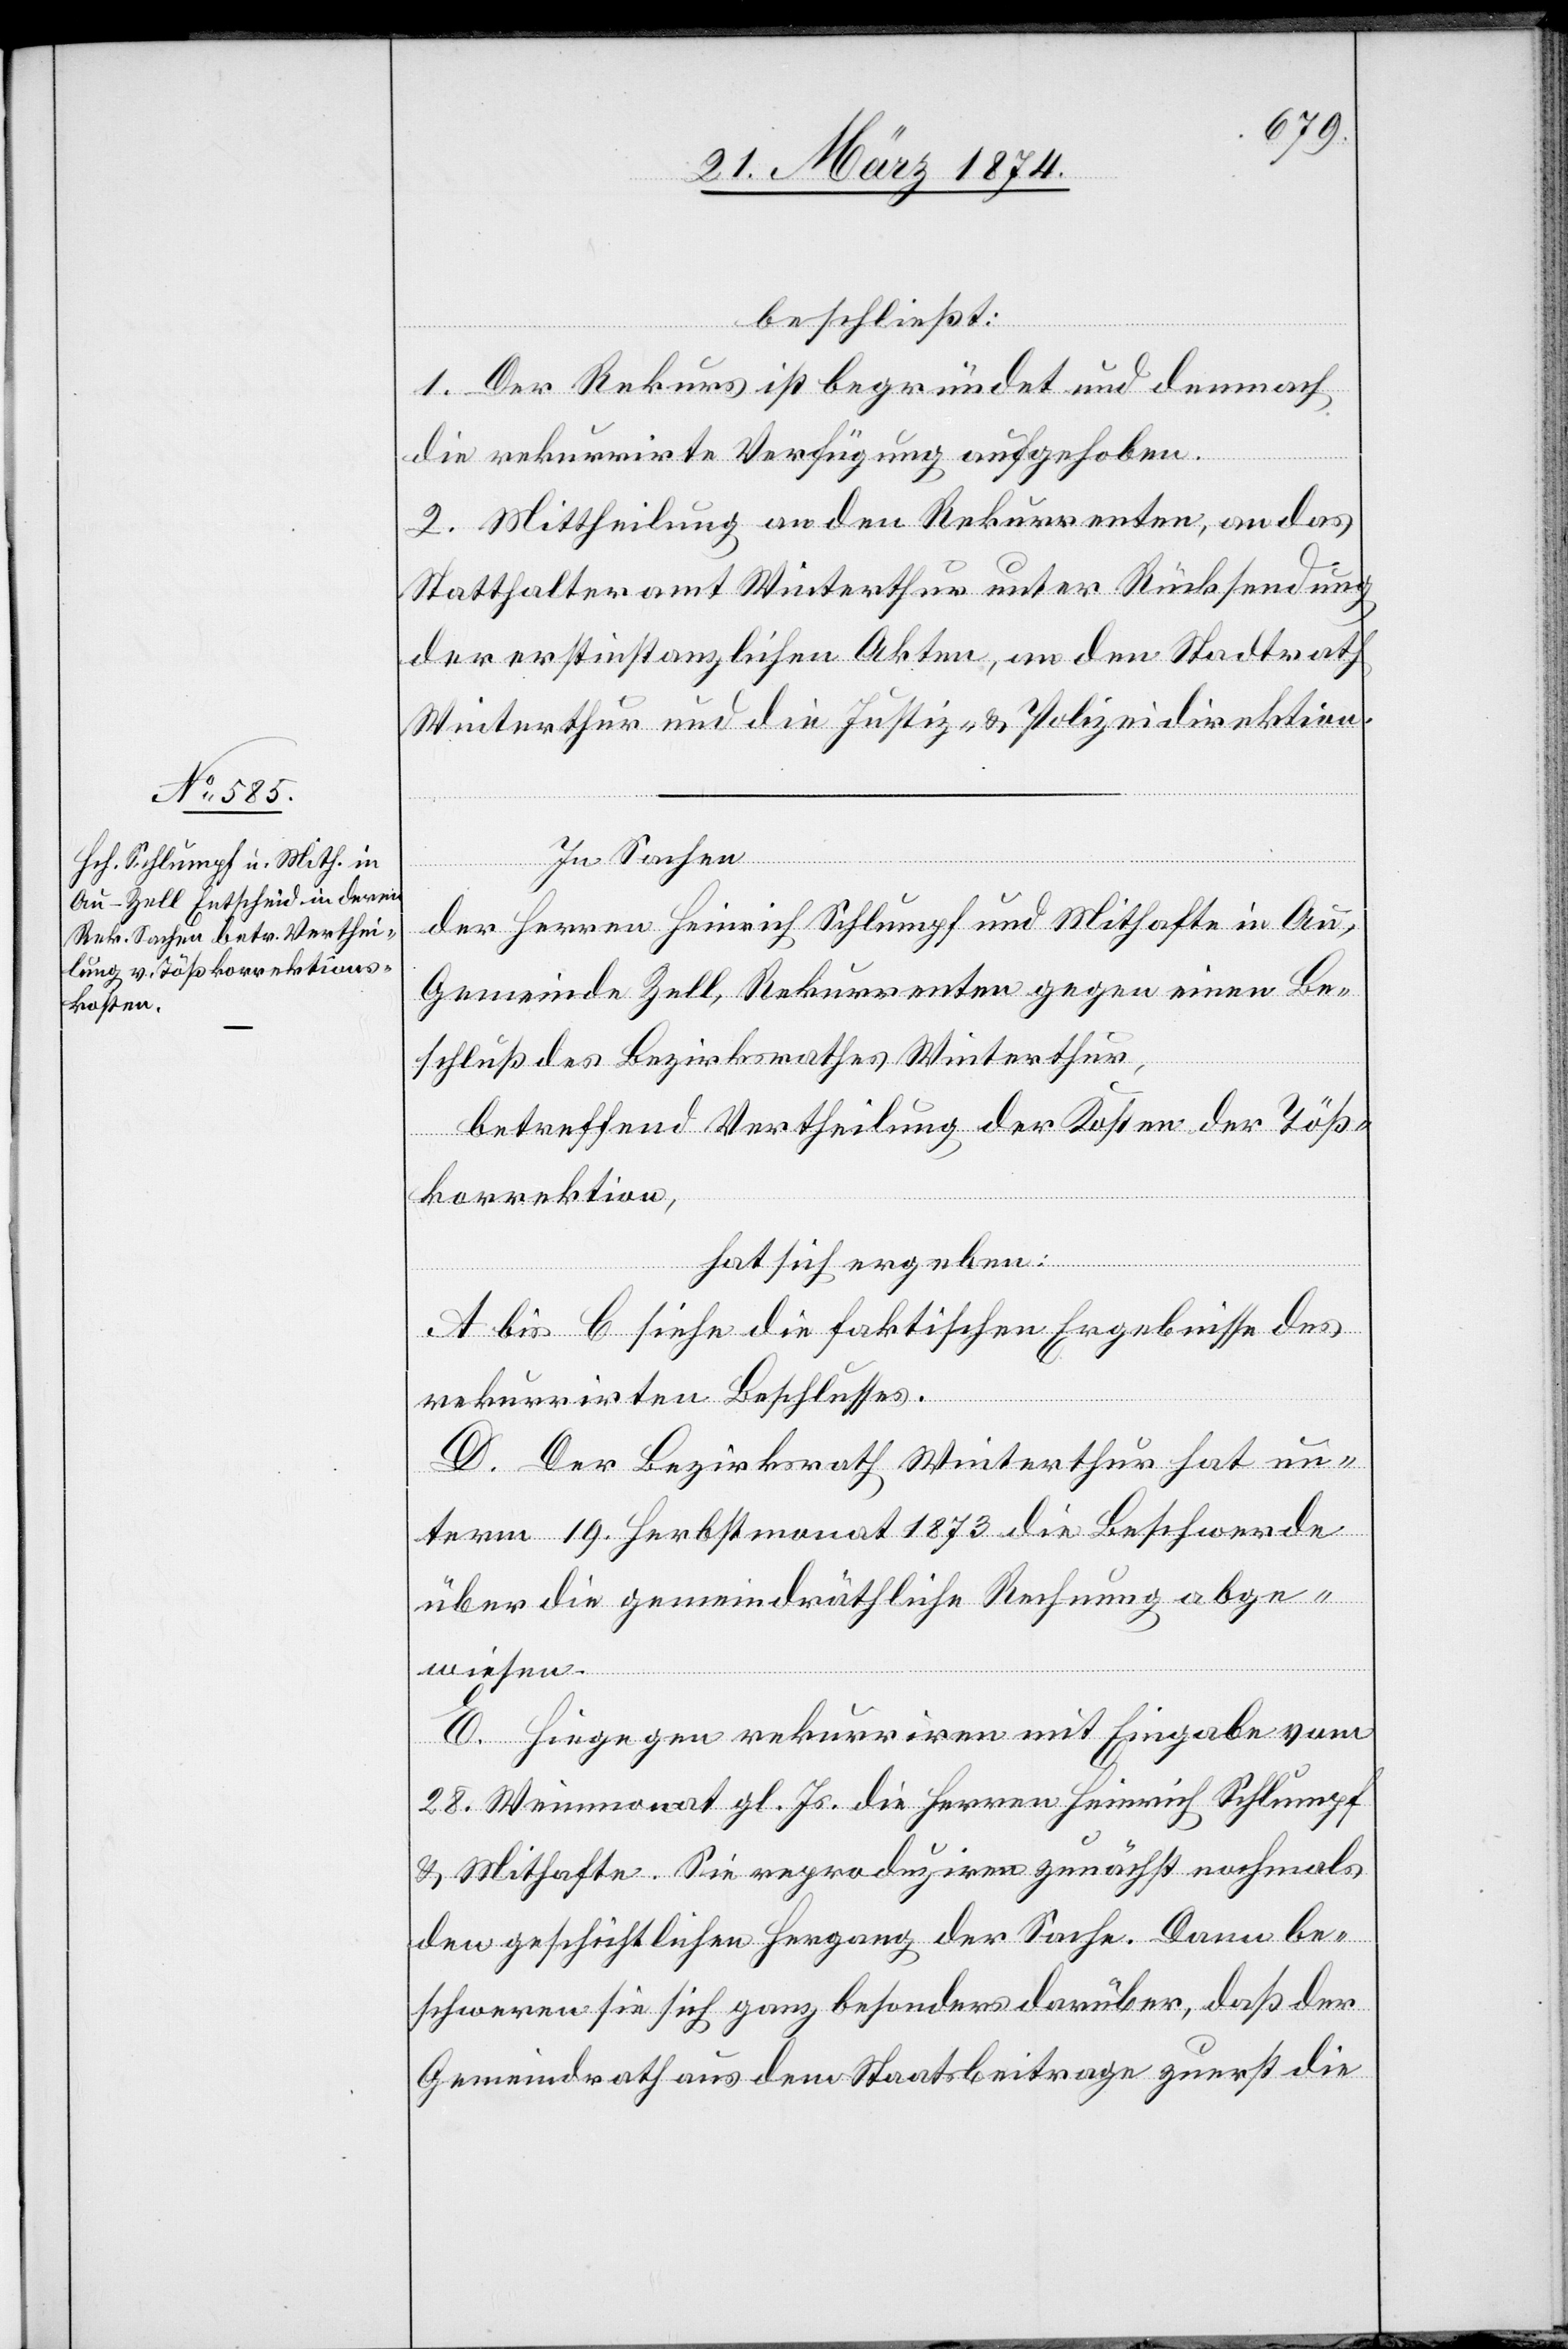
beschließt:
1. Der Rekurs ist begründet und demnach
die rekurrirte Verfügung aufgehoben.
2. Mittheilung an den Rekurrenten, an das
Statthalteramt Winterthur unter Rücksendung
der erstinstanzlichen Akten, an den Stadtrath
Winterthur und die Justiz- u. Polizeidirektion.
In Sachen
der Herren Heinrich Schlumpf und Mithafte in Au,
Gemeinde Zell, Rekurrenten gegen einen Be¬
schluß des Bezirksrathes Winterthur,
betreffend Vertheilung der Kosten der Töß¬
korrektion,
hat sich ergeben:
A bis C siehe die faktischen Ergebnisse des
rekurrirten Beschlusses.
D. Der Bezirksrath Winterthur hat un¬
term 19. Herbstmonat 1873 die Beschwerde
über die gemeindräthliche Rechnung abge¬
wiesen.
E. Hingegen rekurriren mit Eingabe vom
28. Weinmonat gl. Js. die Herren Heinrich Schlumpf
u. Mithafte. Sie reproduziren zunächst nochmals
den geschichtlichen Hergang der Sache. dann be¬
schweren sie sich ganz besonders darüber, daß der
Gemeindrath aus dem Staatsbeitrage zuerst die